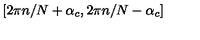
[ 2 \pi n / N + \alpha _ { c } , 2 \pi n / N - \alpha _ { c } ]